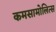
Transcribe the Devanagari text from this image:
कमसामोलित्स